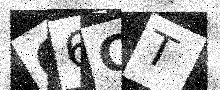
Text: G6CT